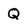
Character: Q